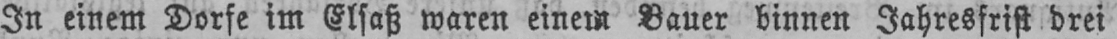
In einem Dorfe im Elsaß waren einem Bauer binnen Jahresfrist drei